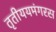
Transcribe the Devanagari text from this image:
तृतीययमंगरस